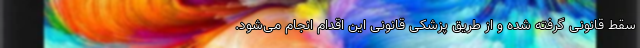
سقط قانونی گرفته شده و از طریق پزشکی قانونی این اقدام انجام می‌شود.